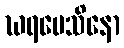
ဃရမေသိနော